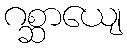
ဂစ္ဆာယျေ